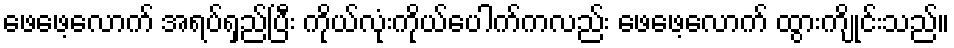
ဖေဖေ့လောက် အရပ်ရှည်ပြီး ကိုယ်လုံးကိုယ်ပေါက်ကလည်း ဖေဖေ့လောက် ထွားကျိုင်းသည်။